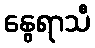
နွေရာသီ